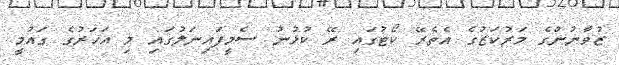
ޒުވާނުންގެ މަރުކަޒުގެ އެތެރޭ ކޯޓުގައި ރޭ ކުޅުނު ސެމީފައިނަލުގައި މި އަހަރުގެ ގައުމީ